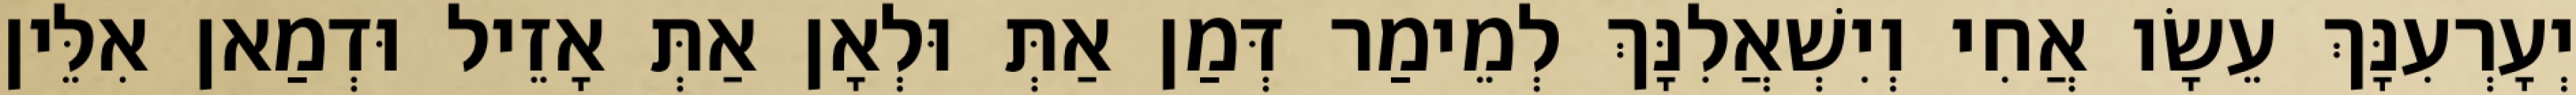
יְעָרְעִנָּךְ עֵשָׂו אֲחִי וְיִשְׁאֲלִנָּךְ לְמֵימַר דְּמַן אַתְּ וּלְאָן אַתְּ אָזֵיל וּדְמַאן אִלֵּין